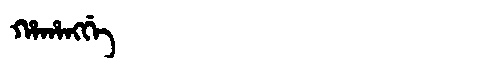
Manchu: ᡥᠠᡥᠠᠩᡤᡝ
Romanization: HAHANGGE